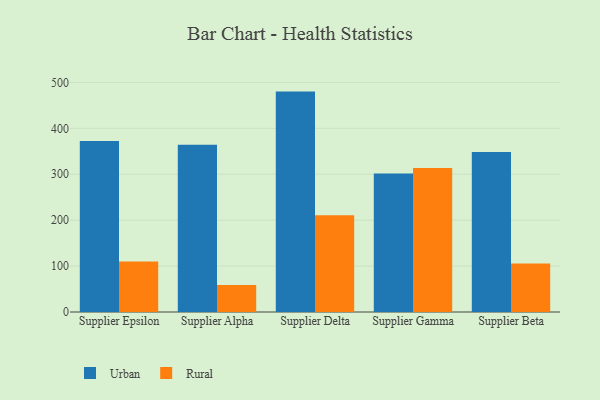
{"axis": {"x": "Supplier", "y": "Inventory Turnover"}, "legend": ["Rural", "Urban"], "data": [{"x": "Supplier Epsilon", "y": 372.5, "type": "Urban"}, {"x": "Supplier Epsilon", "y": 110.2, "type": "Rural"}, {"x": "Supplier Alpha", "y": 364.3, "type": "Urban"}, {"x": "Supplier Alpha", "y": 59.0, "type": "Rural"}, {"x": "Supplier Delta", "y": 480.0, "type": "Urban"}, {"x": "Supplier Delta", "y": 210.8, "type": "Rural"}, {"x": "Supplier Gamma", "y": 301.6, "type": "Urban"}, {"x": "Supplier Gamma", "y": 313.5, "type": "Rural"}, {"x": "Supplier Beta", "y": 348.4, "type": "Urban"}, {"x": "Supplier Beta", "y": 105.6, "type": "Rural"}]}